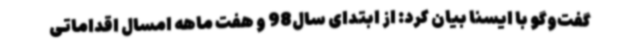
گفت‌وگو با ایسنا بیان کرد: از ابتدای سال98 و هفت ماهه امسال اقداماتی